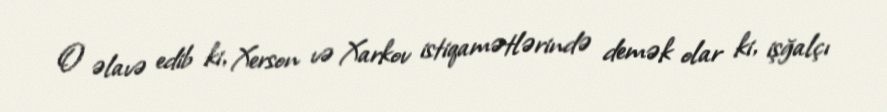
O əlavə edib ki, Xerson və Xarkov istiqamətlərində demək olar ki, işğalçı